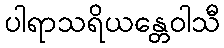
ပါရာသရိယန္တေဝါသီ